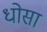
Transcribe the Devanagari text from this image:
धोसा